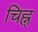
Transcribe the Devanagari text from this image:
चिह्न्